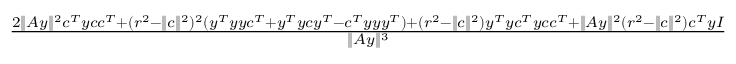
\begin{array} { r } { \frac { 2 \| A y \| ^ { 2 } c ^ { T } y c c ^ { T } + ( r ^ { 2 } - \| c \| ^ { 2 } ) ^ { 2 } ( y ^ { T } y y c ^ { T } + y ^ { T } y c y ^ { T } - c ^ { T } y y y ^ { T } ) + ( r ^ { 2 } - \| c \| ^ { 2 } ) y ^ { T } y c ^ { T } y c c ^ { T } + \| A y \| ^ { 2 } ( r ^ { 2 } - \| c \| ^ { 2 } ) c ^ { T } y I } { \| A y \| ^ { 3 } } } \end{array}